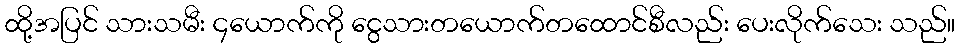
ထို့အပြင် သားသမီး ၄ယောက်ကို ငွေသားတယောက်တထောင်စီလည်း ပေးလိုက်သေး သည်။